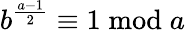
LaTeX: b^{\frac{a-1}{2}}\equiv 1{\bmod{a}}